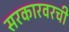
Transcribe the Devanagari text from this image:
सरकारवरची